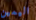
اليمين